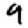
Digit: 9